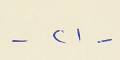
- ٢١ -